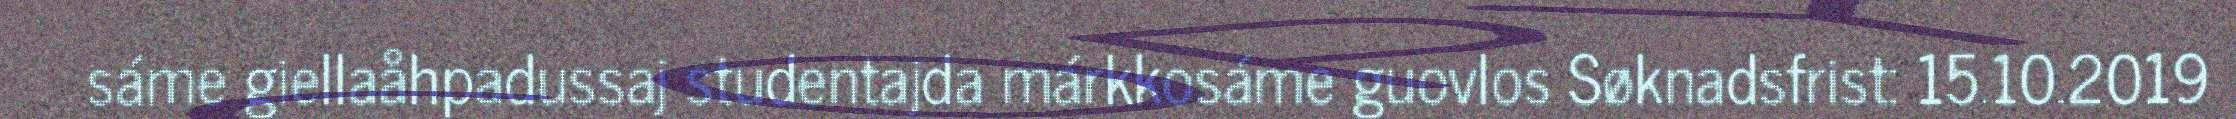
sáme giellaåhpadussaj studentajda márkkosáme guovlos Søknadsfrist: 15.10.2019